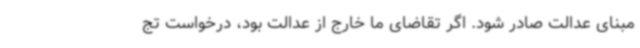
مبنای عدالت صادر شود. اگر تقاضای ما خارج از عدالت بود، درخواست تج